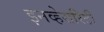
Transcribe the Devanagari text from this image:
इनव्हेरारिटी